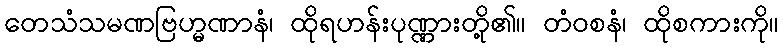
တေသံသမဏဗြဟ္မဏာနံ၊ ထိုရဟန်းပုဏ္ဏားတို့၏။ တံဝစနံ၊ ထိုစကားကို။